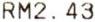
RM2.43